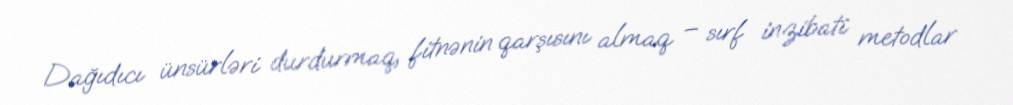
Dağıdıcı ünsürləri durdurmaq, fitnənin qarşısını almaq – sırf inzibati metodlar